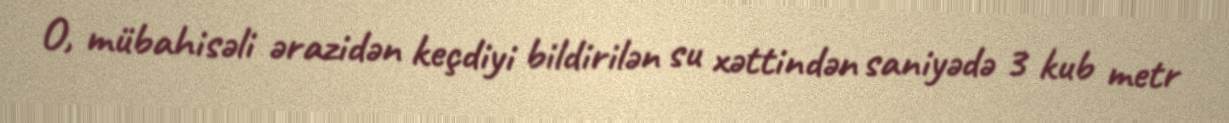
O, mübahisəli ərazidən keçdiyi bildirilən su xəttindən saniyədə 3 kub metr